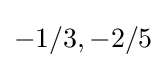
-1/3,-2/5